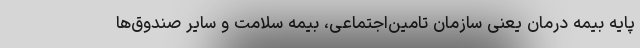
پایه بیمه درمان یعنی سازمان تامین‌اجتماعی، بیمه سلامت و سایر صندوق‌ها